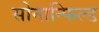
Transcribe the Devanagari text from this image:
सोनान्फिल्ड